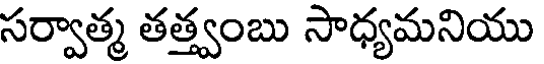
సర్వాత్మ తత్త్వంబు సాధ్యమనియు